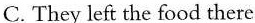
C.They left the food there